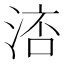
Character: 𣷧